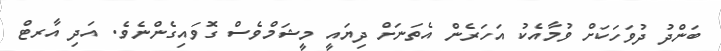
ބަންދު ދުވަހަކަށް ވުމާއެކު އަހަރެން އެތަނަށް ދިޔައީ މީޝަމްވެސް ގޮވައިގެންނެވެ. އަދި އާރޓް